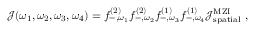
\begin{array} { r l } & { \mathcal { J } ( \omega _ { 1 } , \omega _ { 2 } , \omega _ { 3 } , \omega _ { 4 } ) = { f } _ { - , \omega _ { 1 } } ^ { \mathrm { ( 2 ) } } { f } _ { - , \omega _ { 2 } } ^ { \mathrm { ( 2 ) } } { f } _ { - , \omega _ { 3 } } ^ { \mathrm { ( 1 ) } } { f } _ { - , \omega _ { 4 } } ^ { \mathrm { ( 1 ) } } \mathcal { J } _ { \mathrm { s p a t i a l } } ^ { \mathrm { M Z I } } \ , } \end{array}